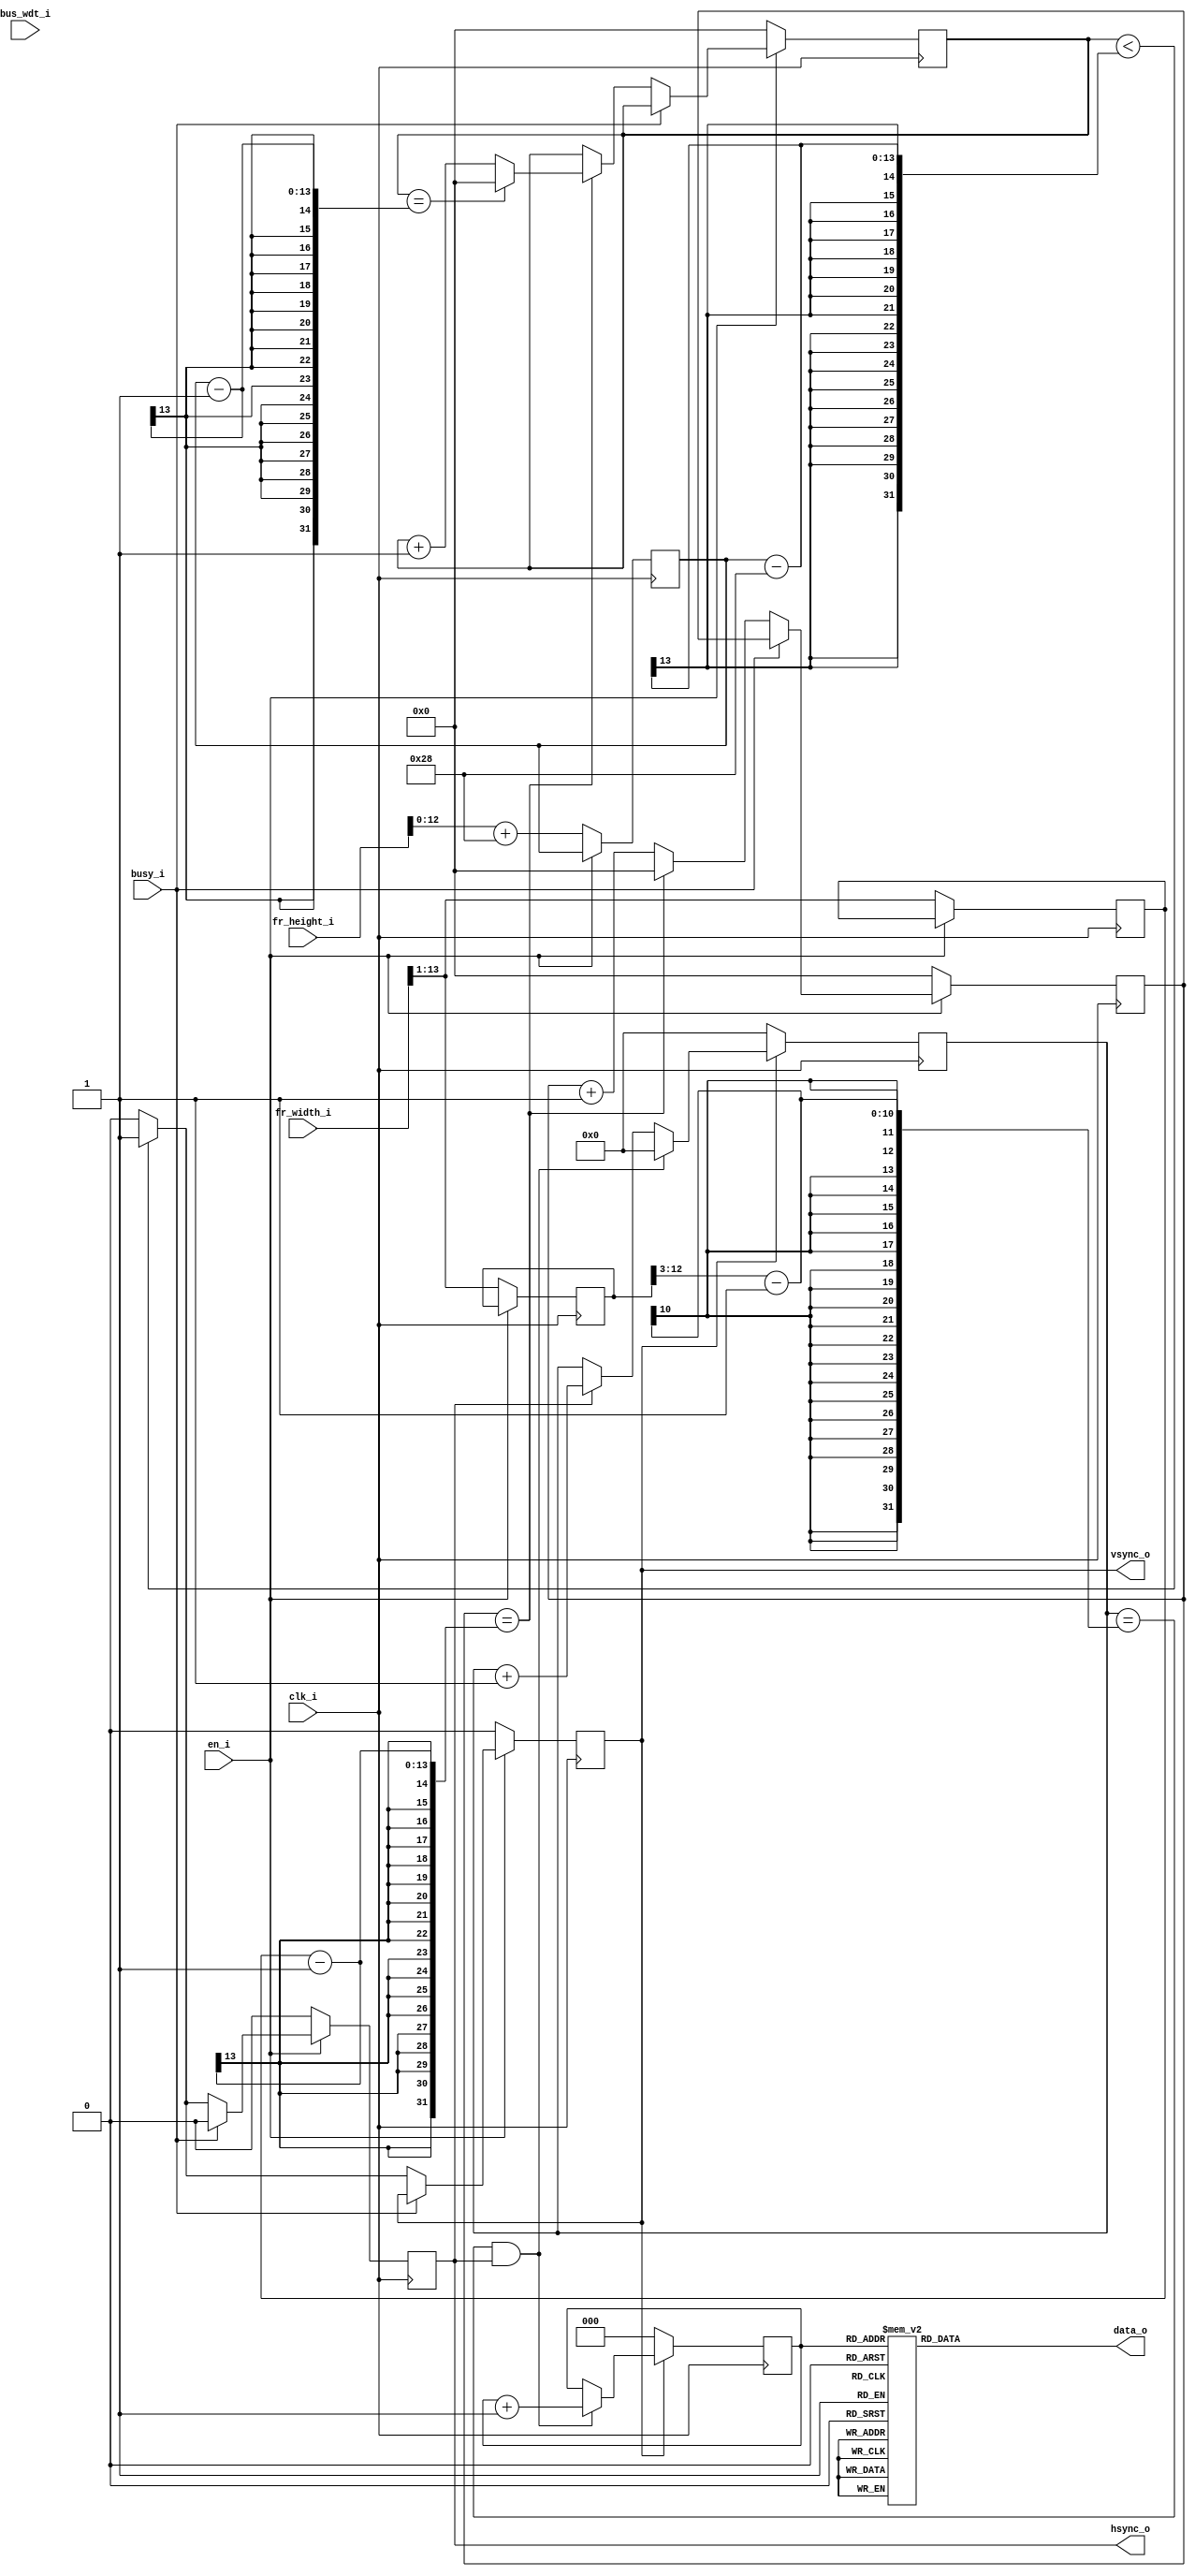
module testpattern_mod
#(	parameter [3:0] BYTE_PER_PIX='d2)
(
	input			clk_i,
	
	input			en_i,
	input			busy_i,
	input [1:0]		bus_wdt_i,	//	Bus Width:
	input [15:0]	fr_width_i,	// Max 8192
	input [15:0]	fr_height_i,	// Max 8192
	
	output			hsync_o,
	output			vsync_o,
	output [31:0]	data_o
);

reg [12:0] pix_cnt_r=13'd0;
reg [12:0] pix_cnt_max_r=13'd0;
reg [12:0] pix_cnt_max_r1=13'd0;
reg [12:0] pix_cnt_active_r=13'd0;
reg [12:0] line_cnt_r=13'd0;
reg [12:0] line_cnt_max_r=13'd0;
reg [31:0] data_r='d0;
reg [2:0] color_idx_r='d0;
reg [9:0] color_cnt_r='d0;
reg [31:0] color_r='d0;
reg [31:0] cb_data_r='d0;
wire [15:0] fr_width_w;
reg [15:0] fr_width_temp_r='d0;
reg [15:0] fr_width_div3_r='d0;
reg hsync_rr='d0;
reg hsync_r='d0;
reg vsync_rr='d0;
reg vsync_r='d0;
reg [1:0] byte_cnt='d0;

localparam FRAME_BLANK = 40;
localparam LINE_BLANK = 240;

localparam BUSWDT_8=2'd0;
localparam BUSWDT_16=2'd1;
localparam BUSWDT_24=2'd2;
localparam BUSWDT_32=2'd3;

localparam BAND1 = 3'd0;
localparam BAND2 = 3'd1;
localparam BAND3 = 3'd2;
localparam BAND4 = 3'd3;
localparam BAND5 = 3'd4;
localparam BAND6 = 3'd5;
localparam BAND7 = 3'd6;
localparam BAND8 = 3'd7;
localparam BAND1_COLOR = 32'hff80ff80;	// White
localparam BAND2_COLOR = 32'hff94ff00;	// Yellow
localparam BAND3_COLOR = 32'hc81ac8bf;	// Blue
localparam BAND4_COLOR = 32'hca4aca55;	// Green
localparam BAND5_COLOR = 32'h96f3969f;	// Pink
localparam BAND6_COLOR = 32'h4cff4c54;	// Red
localparam BAND7_COLOR = 32'h409e40d3;	// Violet
localparam BAND8_COLOR = 32'h00800080;	// Black
localparam BAND1_COLOR_YUYV = 32'h80ff80ff;	// White
localparam BAND2_COLOR_YUYV = 32'h94ff00ff;	// Yellow
localparam BAND3_COLOR_YUYV = 32'h1ac8bfc8;	// Blue
localparam BAND4_COLOR_YUYV = 32'h4aca55ca;	// Green
localparam BAND5_COLOR_YUYV = 32'hf3969f96;	// Pink
localparam BAND6_COLOR_YUYV = 32'hff4c544c;	// Red
localparam BAND7_COLOR_YUYV = 32'h9e40d340;	// Violet
localparam BAND8_COLOR_YUYV = 32'h80008000;	// Black

						  

generate
	if(BYTE_PER_PIX=='d4) begin
		assign fr_width_w = {fr_width_i,2'b00};
	end else if(BYTE_PER_PIX=='d3) begin
		assign fr_width_w = {1'b0,fr_width_i,1'b0} + fr_width_i;
	end else if(BYTE_PER_PIX=='d2) begin
		assign fr_width_w = {1'b0,fr_width_i,1'b0};
	end else begin
		assign fr_width_w = {2'b0,fr_width_i};
	end 
endgenerate

`ifdef CAMERA_INTERFACE
always @(posedge clk_i) begin
	case(bus_wdt_i)
		BUSWDT_32: cb_data_r <= color_r;
		
		BUSWDT_24: begin
			case(byte_cnt)
				2'd0:	cb_data_r <= color_r[23:0];
				2'd1:	cb_data_r <= {color_r[15:0],color_r[31:24]};
				2'd2:	cb_data_r <= {color_r[7:0],color_r[31:16]};
				2'd3:	cb_data_r <= color_r[31:8];
			endcase
		end

		BUSWDT_16: begin
			if(byte_cnt[0])
				cb_data_r <= color_r[31:16];
			else
				cb_data_r <= color_r[15:0];
		end
		
		BUSWDT_8: begin
			case(byte_cnt)
				2'd0:	cb_data_r <= color_r[7:0];
				2'd1:	cb_data_r <= color_r[15:8];
				2'd2:	cb_data_r <= color_r[23:16];
				2'd3:	cb_data_r <= color_r[31:24];
			endcase
		end
	endcase
end
always @(*) begin
	case(color_idx_r)
		BAND1 : color_r <= BAND1_COLOR_YUYV;
		BAND2 : color_r <= BAND2_COLOR_YUYV;
		BAND3 : color_r <= BAND3_COLOR_YUYV;
		BAND4 : color_r <= BAND4_COLOR_YUYV;
		BAND5 : color_r <= BAND5_COLOR_YUYV;
		BAND6 : color_r <= BAND6_COLOR_YUYV;
		BAND7 : color_r <= BAND7_COLOR_YUYV;
		BAND8 : color_r <= BAND8_COLOR_YUYV;
	endcase
end
always @(posedge clk_i) begin
	vsync_rr <= vsync_r;
	hsync_rr <= hsync_r;
end
always @(posedge clk_i) begin
	if(!hsync_r)
		byte_cnt <= 2'd0;
	else
		byte_cnt <= byte_cnt + 2'd1;
end

assign hsync_o = hsync_rr;
assign vsync_o = vsync_rr;
assign data_o = cb_data_r;
						  
`else

always @(*) begin
	case(color_idx_r)
		BAND1 : cb_data_r <= BAND1_COLOR;
		BAND2 : cb_data_r <= BAND2_COLOR;
		BAND3 : cb_data_r <= BAND3_COLOR;
		BAND4 : cb_data_r <= BAND4_COLOR;
		BAND5 : cb_data_r <= BAND5_COLOR;
		BAND6 : cb_data_r <= BAND6_COLOR;
		BAND7 : cb_data_r <= BAND7_COLOR;
		BAND8 : cb_data_r <= BAND8_COLOR;
	endcase
end

assign hsync_o = hsync_r;
assign vsync_o = vsync_r;
assign data_o = cb_data_r;

`endif

always @(posedge clk_i) begin
	if(!vsync_r)
		color_idx_r <= 'd0;
	else if((color_cnt_r==(pix_cnt_active_r[12:3]-'d1))&hsync_r)
		color_idx_r <= color_idx_r + 'd1;
	if(!vsync_r)
		color_cnt_r <= 'd0;
	else if((color_cnt_r==(pix_cnt_active_r[12:3]-'d1))&hsync_r)
		color_cnt_r <= 'd0;
	else if(hsync_r)
		color_cnt_r <= color_cnt_r + 'd1;
end

`ifdef CAMERA_INTERFACE
always @(posedge clk_i) begin	
	fr_width_temp_r <= fr_width_w;
	fr_width_div3_r <= fr_width_temp_r / 3;
end
always @(posedge clk_i) begin	
	if(!en_i)begin
		case(bus_wdt_i)
			BUSWDT_32:begin	
				pix_cnt_active_r <= fr_width_w[15:2];
				pix_cnt_max_r <= fr_width_w[15:2];
				line_cnt_max_r <= fr_height_i+FRAME_BLANK;
			end
			BUSWDT_24:begin	
				pix_cnt_active_r <= fr_width_div3_r;
				pix_cnt_max_r <= fr_width_div3_r;
				line_cnt_max_r <= fr_height_i+FRAME_BLANK;
			end
			BUSWDT_16:begin	
				pix_cnt_active_r <= fr_width_w[15:1];
				pix_cnt_max_r <= fr_width_w[15:1];
				line_cnt_max_r <= fr_height_i+FRAME_BLANK;
			end
			BUSWDT_8:begin	
				pix_cnt_active_r <= fr_width_w;
				pix_cnt_max_r <= fr_width_w;
				line_cnt_max_r <= fr_height_i+FRAME_BLANK;
			end
		endcase
	end
	pix_cnt_max_r1 <= pix_cnt_max_r + LINE_BLANK;
end
`else
always @(posedge clk_i) begin	
	if(!en_i)begin
		pix_cnt_active_r <= fr_width_w[15:2];
		pix_cnt_max_r1 <= fr_width_w[15:2];
		pix_cnt_max_r <= fr_width_w[15:2];
		line_cnt_max_r <= fr_height_i+FRAME_BLANK;
	end
end
`endif
always@(posedge clk_i) begin
	if(!en_i) begin
		pix_cnt_r <= 'd0;
		line_cnt_r <= 'd0;
	end
`ifdef CAMERA_INTERFACE
	else begin
`else
	else if(!busy_i)begin
`endif
		if(pix_cnt_r==(pix_cnt_max_r1-'d1)) begin
			pix_cnt_r <= 'd0;
			if(line_cnt_r == (line_cnt_max_r-'d1))
				line_cnt_r <= 'd0;
			else
				line_cnt_r <= line_cnt_r + 'd1;
		end
		else
			pix_cnt_r <= pix_cnt_r + 'd1;
	end
end

always@(posedge clk_i) begin
	if(!(en_i&vsync_r))
		data_r <= 'd0;
	else if(hsync_r)
		data_r <= data_r + 'd1;
end

`ifdef CAMERA_INTERFACE
always@(posedge clk_i) begin
	if(!en_i)begin
		hsync_r <=  1'd0;
		vsync_r <=  1'd0;
	end
	else begin
		if(line_cnt_r<(line_cnt_max_r-FRAME_BLANK+'d2))	// 2 line interval is back porch
			vsync_r <= 'd1;
		else
			vsync_r <= 'd0;
		if((pix_cnt_r>(LINE_BLANK-'d1))&(line_cnt_r<(line_cnt_max_r-FRAME_BLANK)))
			hsync_r <= 'd1;
		else
			hsync_r <= 'd0;
	end
end
`else
always@(posedge clk_i) begin
	if(!en_i)begin
		hsync_r <=  1'd0;
		vsync_r <=  1'd0;
	end
	else if(!busy_i)begin
		if(line_cnt_r<(line_cnt_max_r-FRAME_BLANK)) begin
			vsync_r <= 'd1;
			hsync_r <= 'd1;
		end
		else begin
			vsync_r <= 'd0;
			hsync_r <= 'd0;
		end
	end	
	else begin
		vsync_r <= vsync_r;
		hsync_r <= 'd0;
	end
end
`endif

endmodule